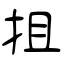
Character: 抯